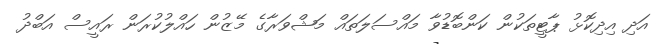
އަދި އިދިކޮޅު ޕާޓީތަކުން ކަންބޮޑުވާ މައްސަލަތައް މަޝްވަރާގެ މޭޒުން ހައްލުކުރަން ރައީސް އަބްދު